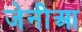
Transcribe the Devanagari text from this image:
जेनीआ